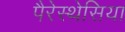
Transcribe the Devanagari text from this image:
पैरेस्थेसिया